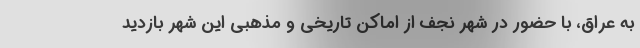
به عراق، با حضور در شهر نجف از اماکن تاریخی و مذهبی این شهر بازدید